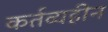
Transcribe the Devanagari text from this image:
कर्तव्यहीन